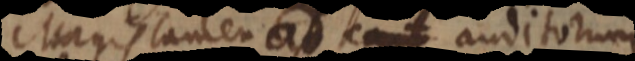
Magis tamen ad capt auditorum